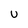
Character: U